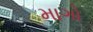
માગો